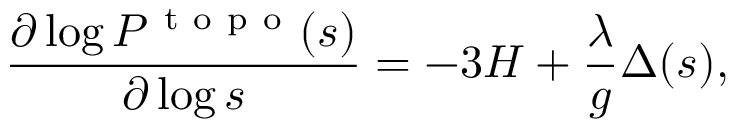
\frac { \partial \log { \cal { P } } ^ { \mathrm { ~ t ~ o ~ p ~ o ~ } } ( s ) } { \partial \log s } = - 3 H + \frac { \lambda } { g } \Delta ( s ) ,